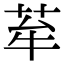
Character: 𦭷